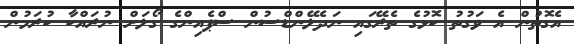
އެގޮތުން އެ ވަގުތު ކޮޅުގެ ތެރޭގައި ނަދެލޭންޑްސުން ސްޕެއިންގެ ގޯލަށް ނުރައްކާ ކުރަމުން